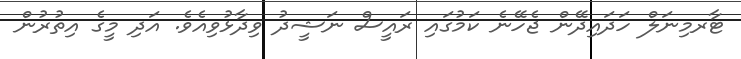
ޓާރމިނަލް ހަދައިދޭން ޖެހޭނެ ކަމުގައި ރައީސް ނަޝީދު ވިދާޅުވިއެވެ. އަދި މީގެ އިތުރުން